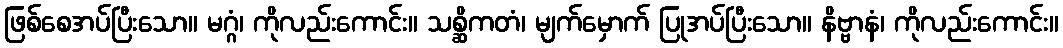
ဖြစ်စေအပ်ပြီးသော။ မဂ္ဂံ၊ ကိုလည်းကောင်း။ သစ္ဆိကတံ၊ မျက်မှောက် ပြုအပ်ပြီးသော။ နိဗ္ဗာနံ၊ ကိုလည်းကောင်း။